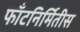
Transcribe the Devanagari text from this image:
फाँटनिर्मितीस